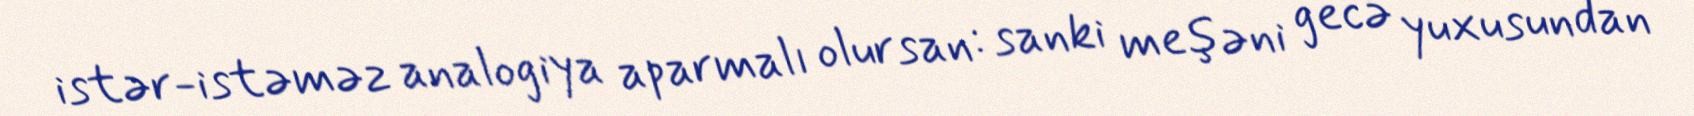
istər-istəməz analogiya aparmalı olursan: sanki meşəni gecə yuxusundan